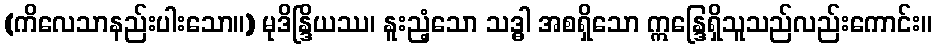
(ကိလေသာနည်းပါးသော။) မုဒိန္ဒြိယဿ၊ နူးညံ့သော သဒ္ဓါ အစရှိသော ဣန္ဒြေရှိသူသည်လည်းကောင်း။